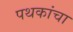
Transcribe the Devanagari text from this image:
पथकांचा